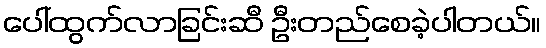
ပေါ်ထွက်လာခြင်းဆီ ဦးတည်စေခဲ့ပါတယ်။